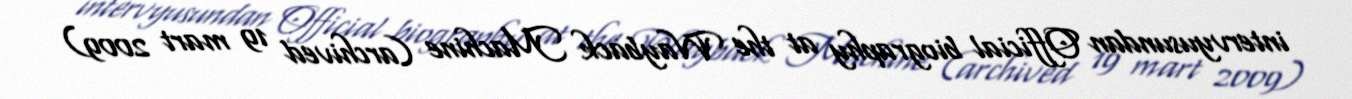
intervyusundan Official biography at the Wayback Machine (archived 19 mart 2009)